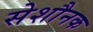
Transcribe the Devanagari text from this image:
सेशौनक